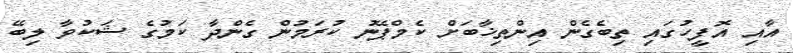
އާއި އޮފީހުގައި ތިބެގެން އިންތިޚާބަށް ކެމްޕޭނު ކުރަމުން ގެންދާ ކަމުގެ ޝަކުވާ ލިބޭ